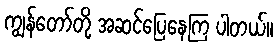
ကျွန်တော်တို့ အဆင်ပြေနေကြ ပါတယ်။